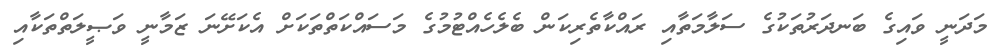
މަދަނީ ވައިގެ ބަނދަރުތަކުގެ ސަލާމަތާއި ރައްކާތެރިކަން ބެލެހެއްޓުމުގެ މަސައްކަތްތަކަށް އެކަށޭނަ ޒަމާނީ ވަޞީލަތްތަކާއި